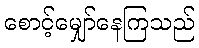
စောင့်မျှော်နေကြသည်